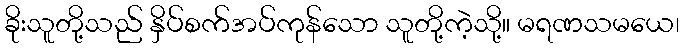
ခိုးသူတို့သည် နှိပ်စက်အပ်ကုန်သော သူတို့ကဲ့သို့။ မရဏသမယေ၊